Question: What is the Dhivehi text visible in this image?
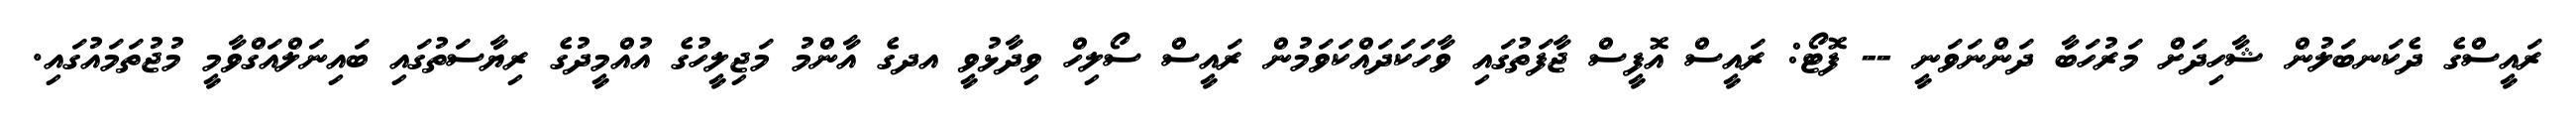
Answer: ރައީސްގެ ދެކަނބަލުން ޝާހިދަށް މަރުހަބާ ދަންނަވަނީ -- ފޮޓޯ: ރައީސް އޮފީސް ޖާފަތުގައި ވާހަކަދައްކަވަމުން ރައީސް ސޯލިހް ވިދާޅުވީ އދގެ އާންމު މަޖިލީހުގެ އުއްމީދުގެ ރިޔާސަތުގައި ބައިނަލްއަގްވާމީ މުޖުތަމައުގައި.